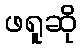
ဖရူဆို